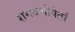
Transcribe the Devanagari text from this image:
रामबलोपेतां